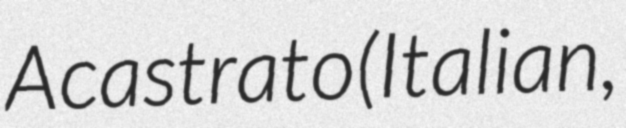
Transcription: A castrato (Italian,